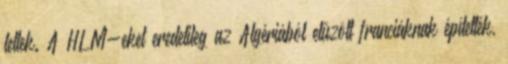
lettek. A HLM-eket eredetileg az Algériából elűzött franciáknak építették,